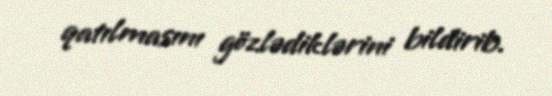
qatılmasını gözlədiklərini bildirib.